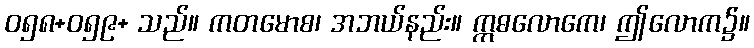
ဝ၅၈+၀၅၉+ သည်။ ကတမောစ၊ အဘယ်နည်း။ ဣဓလောကေ၊ ဤလောက၌။